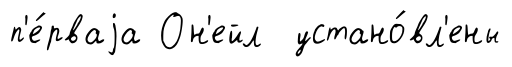
п'е́рваjа Он'ейл устано́вл'ены